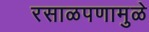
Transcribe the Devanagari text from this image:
रसाळपणामुळे